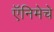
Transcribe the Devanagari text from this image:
ऍनिमेचे